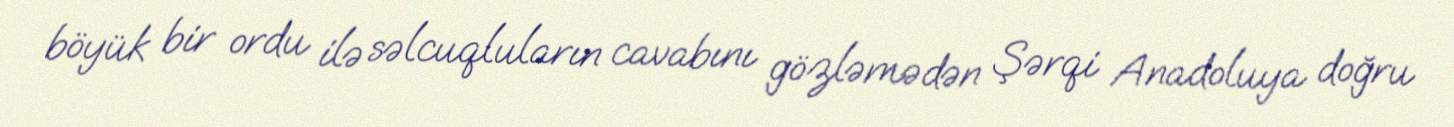
böyük bir ordu ilə səlcuqluların cavabını gözləmədən Şərqi Anadoluya doğru